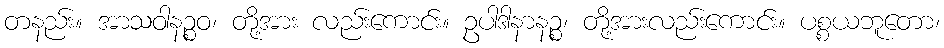
တနည်း။ အာသဝါနဉ္စဝ၊ တို့အား လည်းကောင်း။ ဥပါဒါနာနဉ္စ၊ တို့အားလည်းကောင်း။ ပစ္စယဘူတော၊